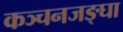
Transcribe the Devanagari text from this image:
कञ्चनजङ्घा